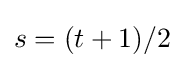
s=(t+1)/2